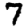
Digit: 7